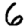
Digit: 6